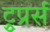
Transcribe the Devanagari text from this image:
ट्रुप्रर्स